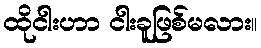
ထိုငါးဟာ ငါးခူဖြစ်မလား။